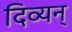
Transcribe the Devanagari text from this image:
दिव्यन्